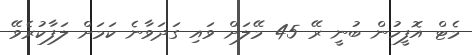
މެޓް އޮފީހުން ބުނީ ރޭ 45 މޭލަށް ވައި ގަދަވާނެ ކަމަށް ލަފާކުރެވޭ